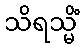
သိရသ္မိံ